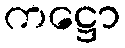
ကဋ္ဌော